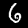
Digit: 6